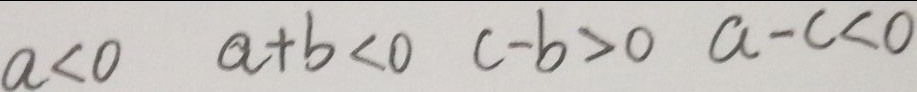
a < 0 a + b < 0 c - b > 0 a - c < 0